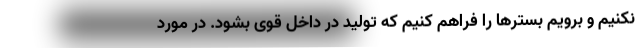
نکنیم و برویم بسترها را فراهم کنیم که تولید در داخل قوی بشود. در مورد